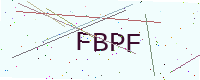
Text: FBPF